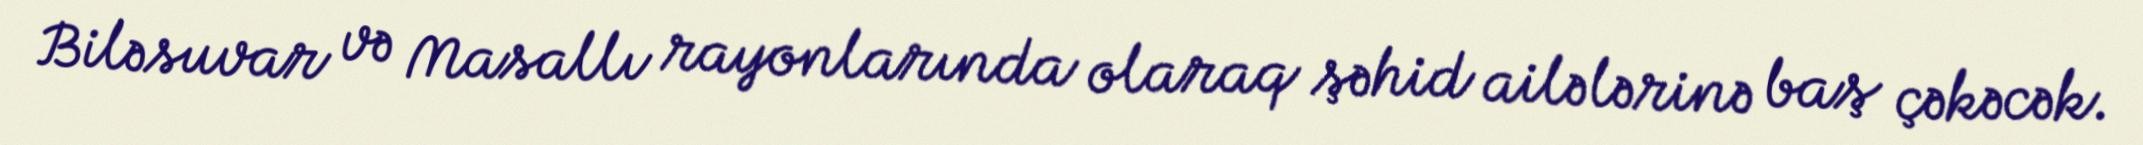
Biləsuvar və Masallı rayonlarında olaraq şəhid ailələrinə baş çəkəcək.